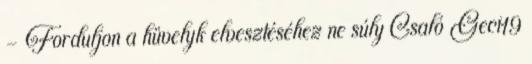
- Forduljon a hüvelyk elvesztéséhez ne súly Csaló Geci19